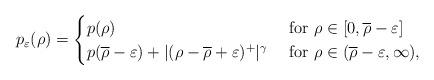
LaTeX: \begin{align*}p_{\varepsilon}(\rho)=\begin{cases}p(\rho)&\mbox{ for }\rho \in [0,\overline{\rho}-\varepsilon]\\p(\overline{\rho}-\varepsilon) + |(\rho - \overline{\rho}+\varepsilon)^{+}|^{\gamma}&\mbox{ for }\rho \in (\overline{\rho}-\varepsilon,\infty),\end{cases}\end{align*}